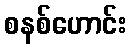
စနစ်ဟောင်း